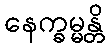
နေက္ခမ္မန္တိ